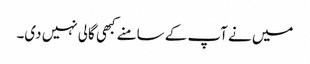
میں نے آپ کے سامنے کبھی گالی نہیں دی۔